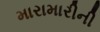
મારામારીની